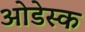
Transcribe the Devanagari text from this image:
ओडेस्क